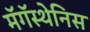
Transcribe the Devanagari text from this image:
मॅगॅस्थेनिस